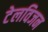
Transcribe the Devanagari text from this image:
टेलविजन